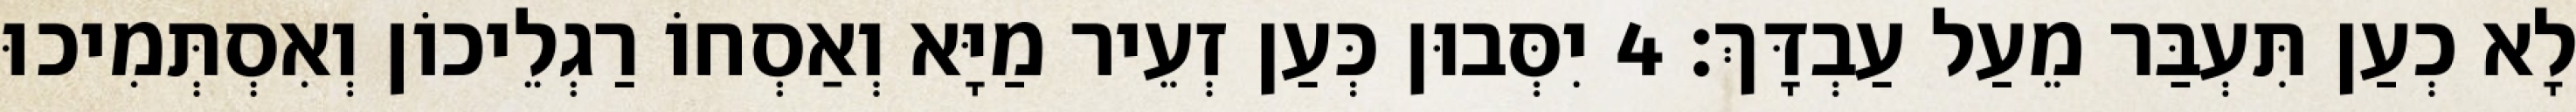
לָא כְעַן תִּעְבַּר מֵעַל עַבְדָּךְ׃ 4 יִסְּבוּן כְּעַן זְעֵיר מַיָּא וְאַסְחוֹ רַגְלֵיכוֹן וְאִסְתְּמִיכוּ